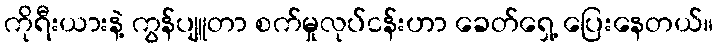
ကိုရီးယားနဲ့ ကွန်ပျူတာ စက်မှုလုပ်ငန်းဟာ ခေတ်ရှေ့ ပြေးနေတယ်။